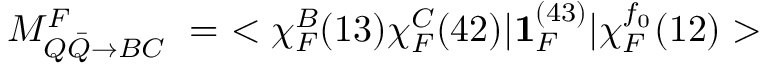
M _ { Q \bar { Q } \rightarrow B C } ^ { F } ~ = ~ < \chi _ { F } ^ { B } ( 1 3 ) \chi _ { F } ^ { C } ( 4 2 ) | { \mathbf { 1 } } _ { F } ^ { ( 4 3 ) } | \chi _ { F } ^ { f _ { 0 } } ( 1 2 ) >